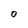
Character: O